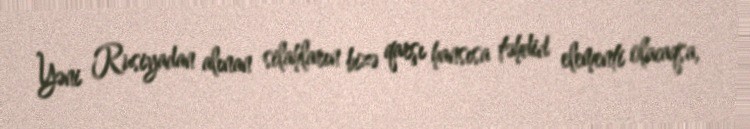
Yəni Rusiyadan alınan silahların bizə qarşı hansısa təhdid elementi olacaqsa,